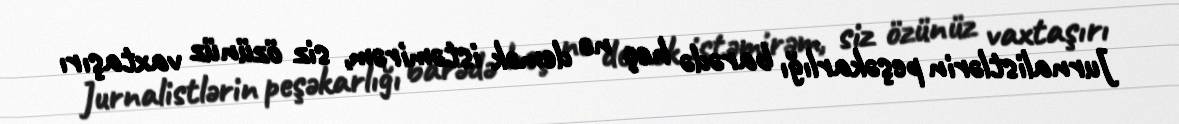
Jurnalistlərin peşəkarlığı barədə heç nə demək istəmirəm, siz özünüz vaxtaşırı